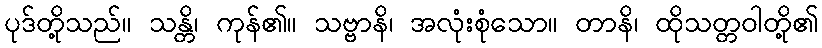
ပုဒ်တို့သည်။ သန္တိ၊ ကုန်၏။ သဗ္ဗာနိ၊ အလုံးစုံသော။ တာနိ၊ ထိုသတ္တဝါတို့၏